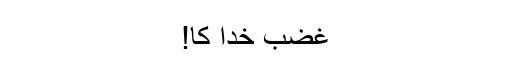
غضب خدا کا!